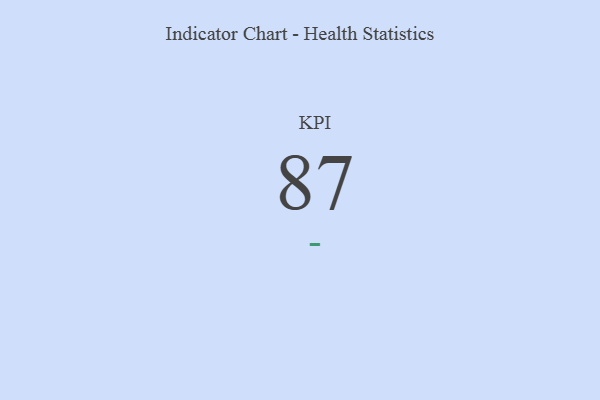
{"axis": {"x": "KPI", "y": "Value"}, "legend": [""], "data": [{"x": "KPI", "y": 87, "type": ""}]}